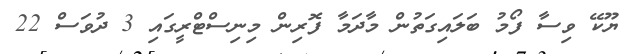
ޔޫކޭ ވިސާ ފޯމު ބަލައިގަތުން މާދަމާ ފޮރިން މިނިސްޓްރީގައި 3 ދުވަސް 22